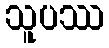
သူပဿ